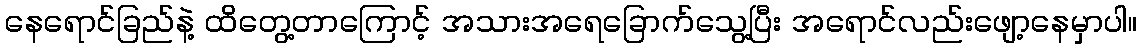
နေရောင်ခြည်နဲ့ ထိတွေ့တာကြောင့် အသားအရေခြောက်သွေ့ပြီး အရောင်လည်းဖျော့နေမှာပါ။